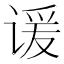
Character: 谖